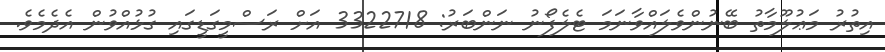
އިތުރު މަޢުލޫމާތު ބޭނުންވެލައްވާނަމަ ޓެލެފޯނު ނަންބަރު: 3322718 އަށް ރަސްމީގަޑީގައި ގުޅުއްވުން އެދެމެވެ.